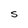
Character: S